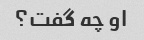
او چه گفت؟